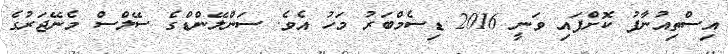
އިސްތިއުނާފު ކޮށްފައި ވަނީ 2016 ޑިސެމްބަރު މަހު އެވެ. ސަންލޭންޑްގެ ސޭލްސް މެނޭޖަރުގެ